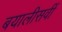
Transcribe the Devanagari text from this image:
बयालीसवीं